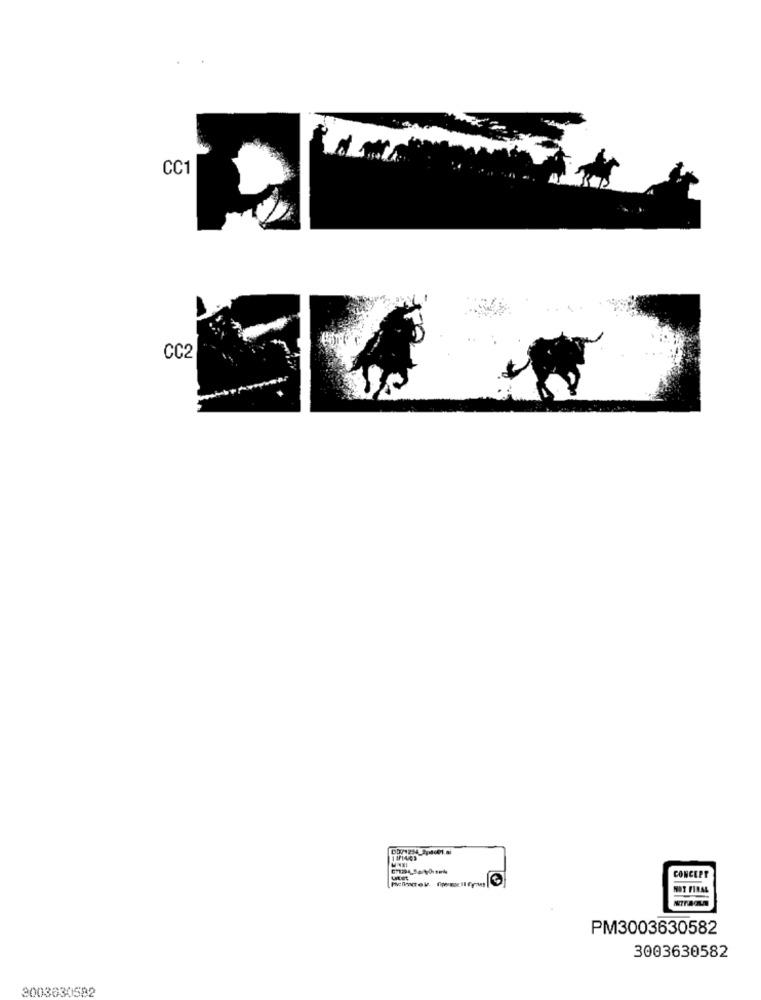
CC1
CONCEPT
MIT FINAL
PM3003630582
3003630582
3003630582